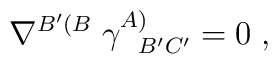
\nabla^{B'(B} \; \gamma_{\; \; \; B'C'}^{A)} =0 \; ,